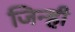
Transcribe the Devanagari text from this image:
जिन्ही